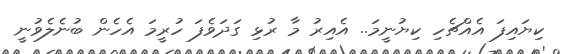
ކިޔައިފަ އެއްޗެހި ކިޔުނީމަ.. އެއިރު މާ ރުޅި ގަދަވެފަ ހުރީމަ އެހެން ބުނެލެވުނީ